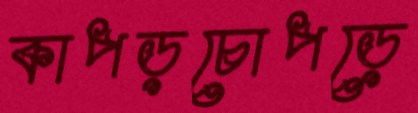
কাপড়চোপড়ে